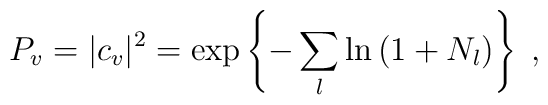
P_v=|c_v|^2  =\exp\left\{- \sum_{l}\ln\left(1+ N_{l}\right) \right\}\;,